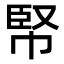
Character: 𢃥